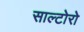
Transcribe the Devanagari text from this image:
साल्टोरो